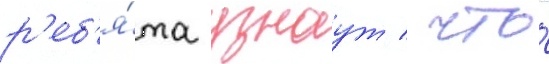
р'еб'я́та узнаут / что́